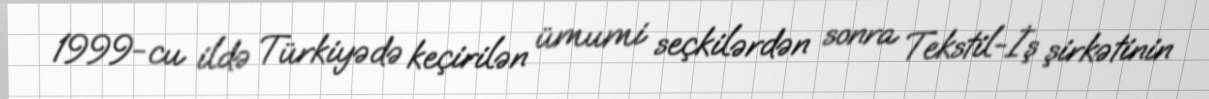
1999-cu ildə Türkiyədə keçirilən ümumi seçkilərdən sonra Tekstil-İş şirkətinin